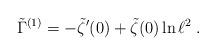
LaTeX: \begin{align*}\tilde{\Gamma}^{(1)} = - \tilde{\zeta}'(0) + \tilde{\zeta}(0)\ln\ell^{2}\;.\end{align*}